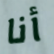
أنا